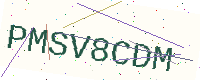
Text: PMSV8CDM